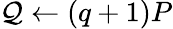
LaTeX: \mathcal{Q}\leftarrow(q+1)P